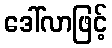
ဒေါ်လာဖြင့်